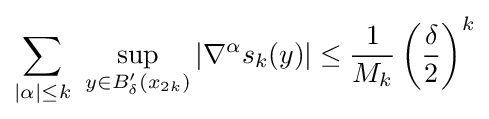
\sum _{|\alpha |\leq k}\ \sup _{y\in B'_{\delta }(x_{2k})}|\nabla ^{\alpha }s_{k}(y)|\leq {\frac {1}{M_{k}}}\left({\frac {\delta }{2}}\right)^{k}